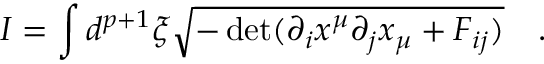
I = \int d ^ { p + 1 } \xi \sqrt { - \operatorname * { d e t } ( \partial _ { i } x ^ { \mu } \partial _ { j } x _ { \mu } + F _ { i j } ) } \quad .